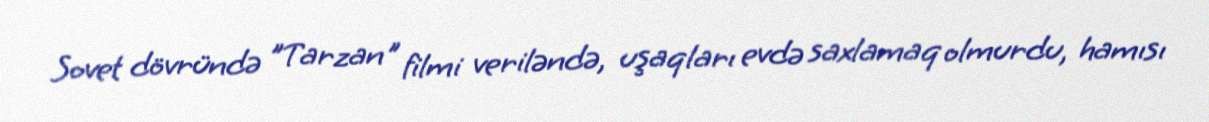
Sovet dövründə ”Tarzan" filmi veriləndə, uşaqları evdə saxlamaq olmurdu, hamısı